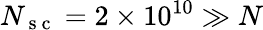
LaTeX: N_{\mathrm{~s~c~}}=2\times 10^{10}\gg N